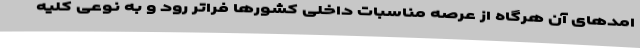
امدهای آن هرگاه از عرصه مناسبات داخلی کشورها فراتر رود و به نوعی کلیه